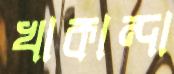
খাকান্দা